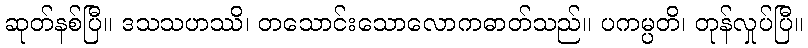
ဆုတ်နစ်ပြီ။ ဒသသဟဿိ၊ တသောင်းသောလောကဓာတ်သည်။ ပကမ္ပတိ၊ တုန်လှုပ်ပြီ။